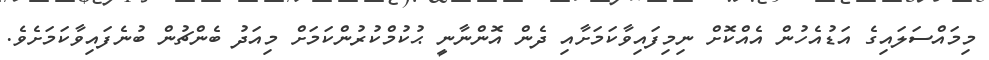
މިމައްސަލައިގެ އަޑުއެހުން އެއްކޮށް ނިމިފައިވާކަމަށާއި ދެން އޮންނާނީ ޙުކުމްކުރުންކަމަށް މިއަދު ބެންޗުން ބުނެފައިވާކަމަށެވެ.